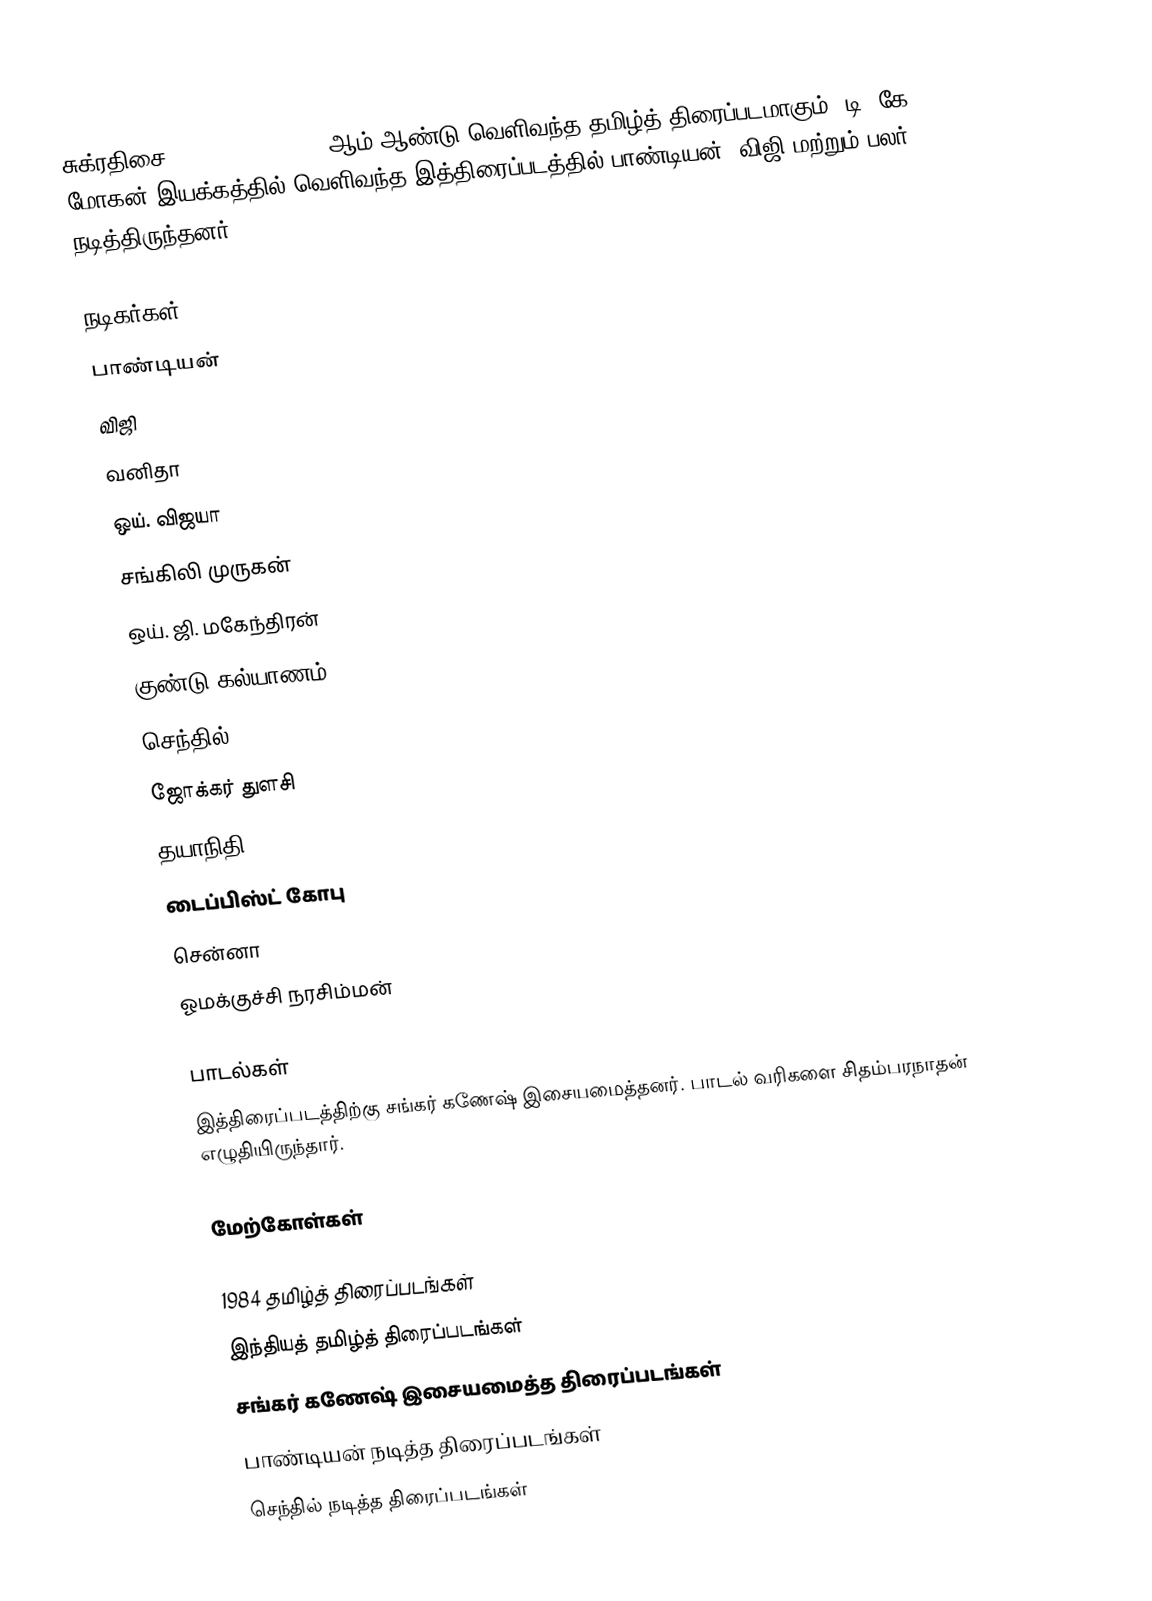
சுக்ரதிசை (Sukradesai) 1984 ஆம் ஆண்டு வெளிவந்த தமிழ்த் திரைப்படமாகும். டி. கே. மோகன் இயக்கத்தில் வெளிவந்த இத்திரைப்படத்தில் பாண்டியன், விஜி மற்றும் பலர் நடித்திருந்தனர்.

நடிகர்கள்
 பாண்டியன்
 விஜி
 வனிதா
 ஒய். விஜயா
 சங்கிலி முருகன்
 ஒய். ஜி. மகேந்திரன்
 குண்டு கல்யாணம்
 செந்தில்
 ஜோக்கர் துளசி
 தயாநிதி
 டைப்பிஸ்ட் கோபு
 சென்னா
 ஓமக்குச்சி நரசிம்மன்

பாடல்கள்
இத்திரைப்படத்திற்கு சங்கர் கணேஷ் இசையமைத்தனர். பாடல் வரிகளை சிதம்பரநாதன் எழுதியிருந்தார்.

மேற்கோள்கள்

1984 தமிழ்த் திரைப்படங்கள்
இந்தியத் தமிழ்த் திரைப்படங்கள்
சங்கர் கணேஷ் இசையமைத்த திரைப்படங்கள்
பாண்டியன் நடித்த திரைப்படங்கள்
செந்தில் நடித்த திரைப்படங்கள்